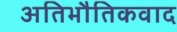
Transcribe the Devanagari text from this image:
अतिभौतिकवाद